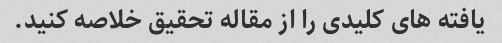
یافته های کلیدی را از مقاله تحقیق خلاصه کنید.